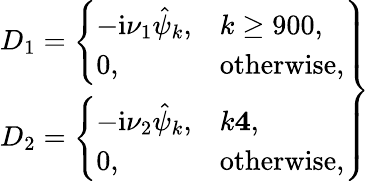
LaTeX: \left.\begin{array}{r}{D_{1}=\left\{ \begin{array}{ll}{-\textnormal{i}\nu_{1}\hat{\psi}_{k},}&{k\ge 900,}\\ {0,}&{\mathrm{otherwise},}\end{array}\right.}\\ {D_{2}=\left\{ \begin{array}{ll}{-\textnormal{i}\nu_{2}\hat{\psi}_{k},}&{k\le 4,}\\ {0,}&{\mathrm{otherwise},}\end{array}\right.}\end{array}\right\}